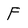
Character: F